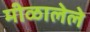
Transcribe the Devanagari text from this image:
मीळालेले